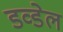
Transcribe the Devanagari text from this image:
डव्डेल